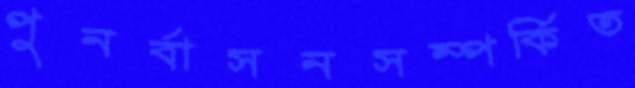
পুনর্বাসনসম্পর্কিত